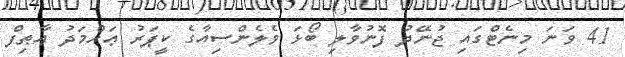
41 ވަނަ މިނެޓްގައި ޖުނޭދު ފޮނުވާލި ބޯޅަ ވެލެންސިއާގެ ކީޕަރު ޢަހްމަދު ޢާޠިފް